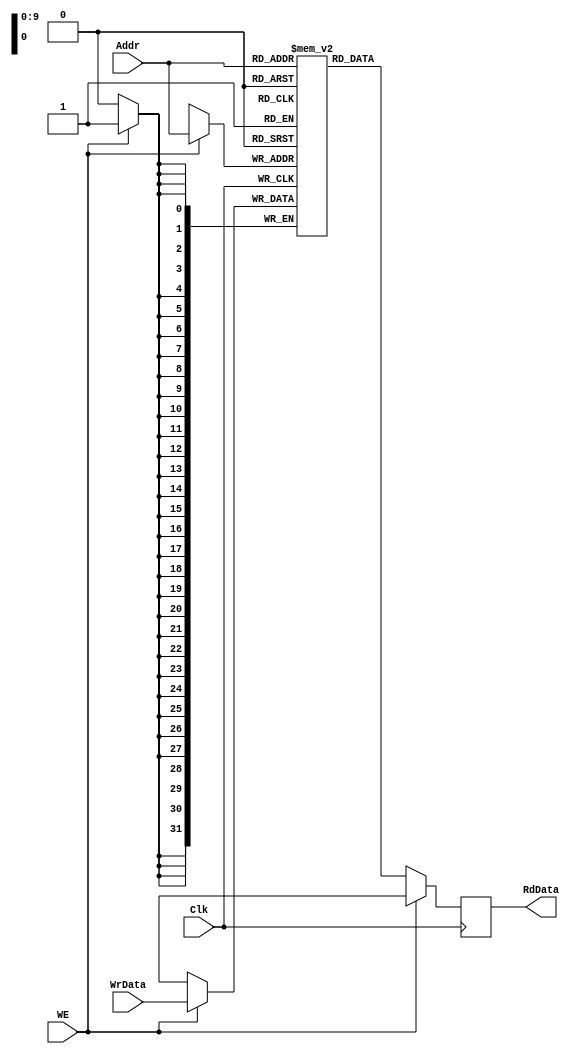
module sync_mem(Clk, WE, Addr, WrData, RdData);
  parameter DATA_WIDTH = 32;
  parameter ADDR_WIDTH = 10;
  
  input Clk;
  input WE;
  input [ADDR_WIDTH-1:0] Addr;
  input [DATA_WIDTH-1:0] WrData;
  output reg [DATA_WIDTH-1:0] RdData;

  reg [DATA_WIDTH-1:0] mem [1<<ADDR_WIDTH];
  
  always @(posedge Clk)
    if (WE)
      mem[Addr] <= WrData;
  
  always @(posedge Clk)
    if (~WE)
      RdData <= mem[Addr];
    else
      RdData <= {DATA_WIDTH{1'bx}};
  
endmodule